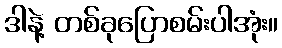
ဒါနဲ့ တစ်ခုပြောစမ်းပါအုံး။